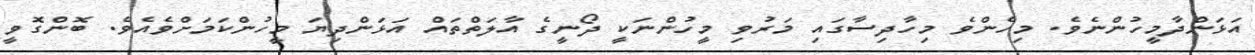
އަޅަންދާމީހުންނެވެ. މިހެންވެ މިހާދިސާގައި މަރުވި މީހުންނަކީ ދޯނީގެ އާލަތްތައް އަޅަންދިޔަ މީހުންކަމަށްވެއެވެ. ބޮންގޮވީ